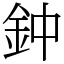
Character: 鈡